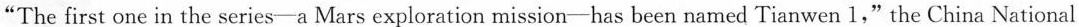
"The first one in the series-a Mars exploration mission-has been named Tianwen 1,"the China National